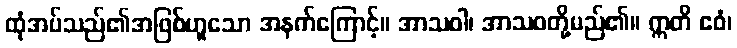
ထုံအပ်သည်၏အဖြစ်ဟူသော အနက်ကြောင့်။ အာသဝါ၊ အာသဝတို့မည်၏။ ဣတိ ဧဝံ၊